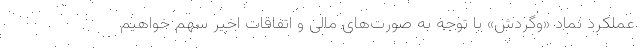
عملکرد نماد «وگردش» با توجه به صورت‌های مالی و اتفاقات اخیر سهم خواهیم